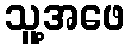
သူ့အဖေ